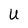
Character: U